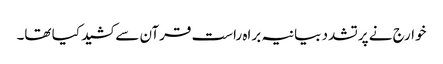
خوارج نے پرتشدد بیانیہ براہ راست قرآن سے کشید کیا تھا۔